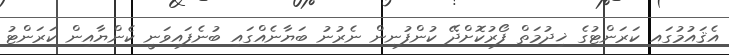
އެޤައުމުގައި ކަރަންޓުގެ ޚިދުމަތް ފޯރުކޮށްދޭ ކުންފުނިން ނެރުނު ބަޔާނެއްގައި ބުނެފައިވަނީ ކެންޔާއިން ކަރަންޓު